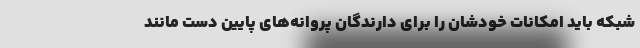
شبکه باید امکانات خودشان را برای دارندگان پروانه‌های پایین دست مانند